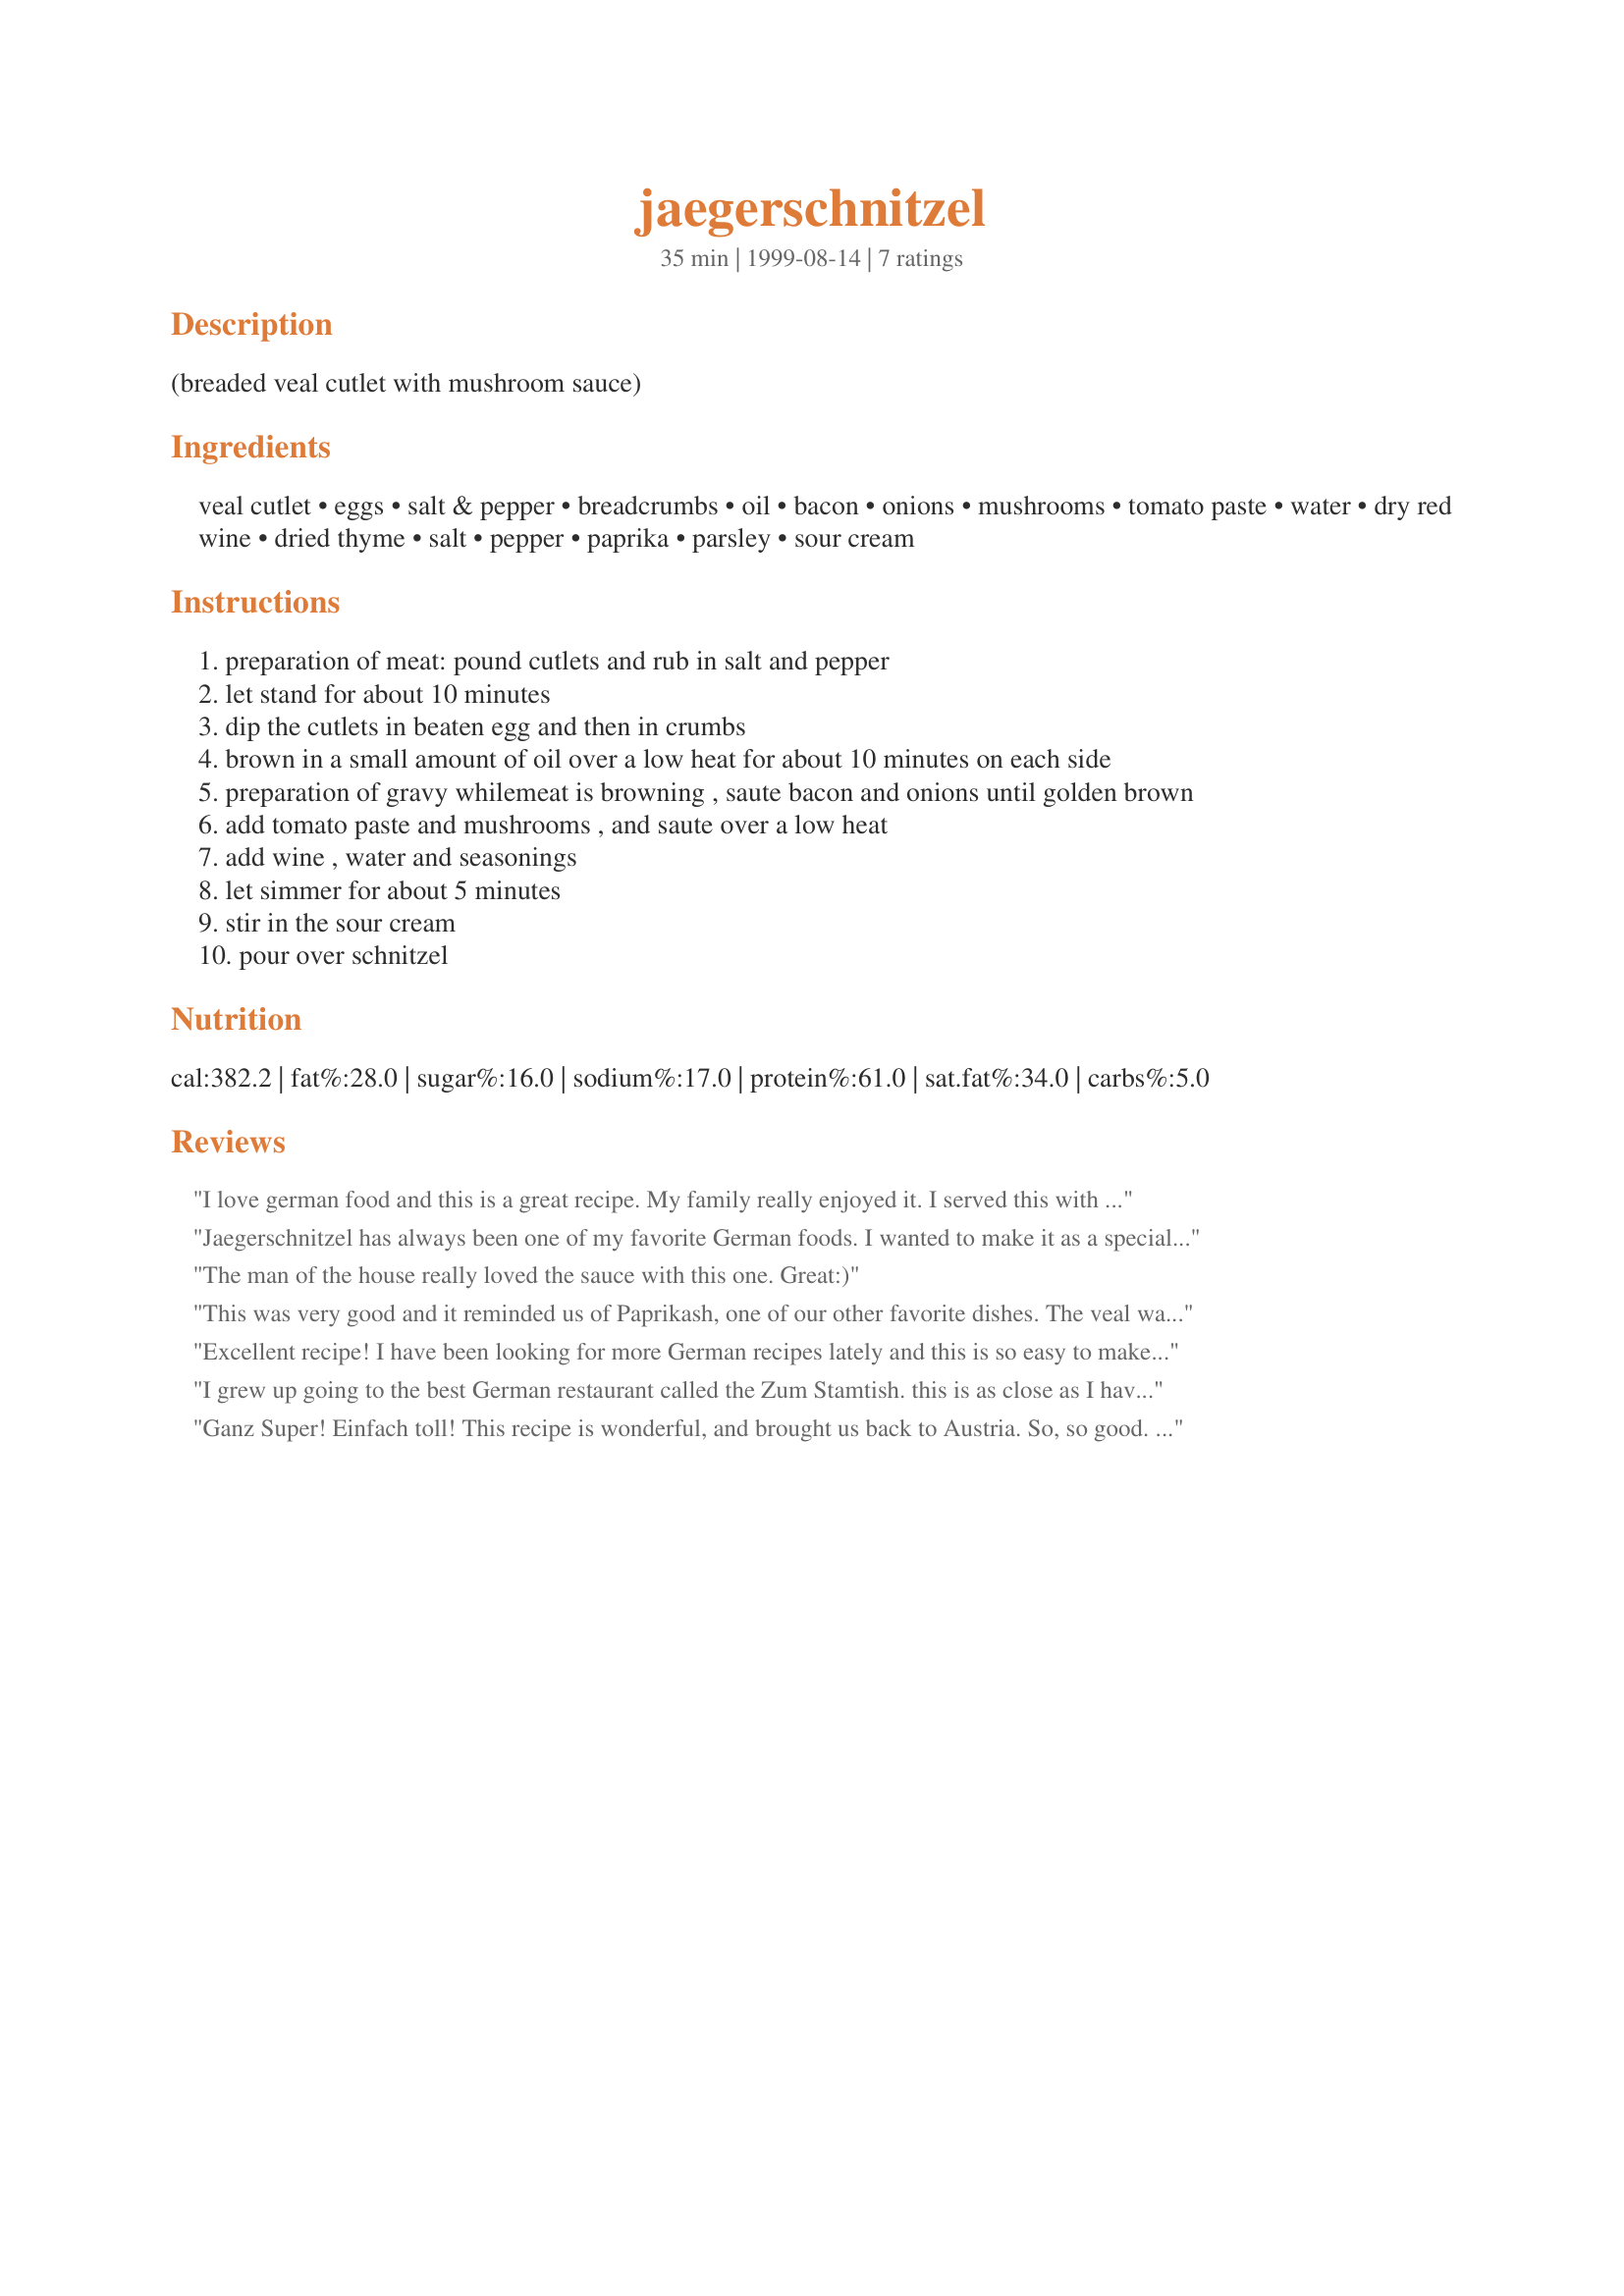
jaegerschnitzel
Preparation time: 35 minutes

(breaded veal cutlet with mushroom sauce)

Ingredients:
veal cutlet, eggs, salt & pepper, breadcrumbs, oil, bacon, onions, mushrooms, tomato paste, water, dry red wine, dried thyme, salt, pepper, paprika, parsley, sour cream

Steps:
preparation of meat: pound cutlets and rub in salt and pepper
let stand for about 10 minutes
dip the cutlets in beaten egg and then in crumbs
brown in a small amount of oil over a low heat for about 10 minutes on each side
preparation of gravy whilemeat is browning , saute bacon and onions until golden brown
add tomato paste and mushrooms , and saute over a low heat
add wine , water and seasonings
let simmer for about 5 minutes
stir in the sour cream
pour over schnitzel

Reviews:
I love german food and this is a great recipe. My family really enjoyed it. I served this with German Potato Dumplings recipe #88656 and red cabbage. Great dinner.
Jaegerschnitzel has always been one of my favorite German foods. I wanted to make it as a special dinner for my wife and family, and we've been having it fairly regularly ever since. This recipe is excellent.
The man of the house really loved the sauce with this one. Great:)
This was very good and it reminded us of Paprikash, one of our other favorite dishes. The veal was very tender and the tomato sauce added a slow simmered flavor to the dish. I dipped the veal into egg substitute and then whole wheat flour instead of breadcrumbs. Otherwise, I followed the recipe exactly! Thanks, Anne!!
Excellent recipe! I have been looking for more German recipes lately and this is so easy to make. I did double the sauce, because I like more sauce. KÃ¶stlich!
I grew up going to the best German restaurant called the Zum Stamtish. this is as close as I have gotten to their recipe. It is so good. thanks for posting
Ganz Super! Einfach toll! This recipe is wonderful, and brought us back to Austria. So, so good. Thanks for sharing.
